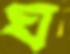
ঘ